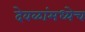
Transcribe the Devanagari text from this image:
देवळांमध्येच